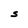
Character: S